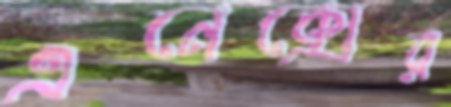
এনেক্সের